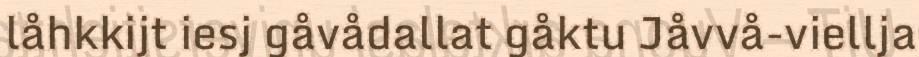
låhkkijt iesj gåvådallat gåktu Jåvvå-viellja